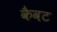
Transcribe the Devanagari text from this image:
कैवट